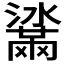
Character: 𤂒